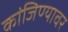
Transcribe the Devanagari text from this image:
कांजिण्यावर